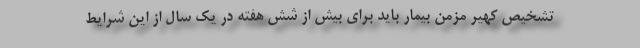
تشخیص کهیر مزمن بیمار باید برای بیش از شش هفته در یک سال از این شرایط